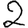
Digit: 2